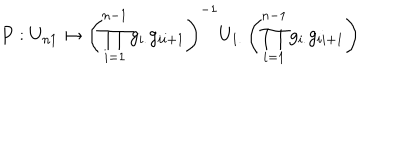
LaTeX: P : U _ { n 1 } \mapsto \left( \prod _ { i = 1 } ^ { n - 1 } g _ { i . } g _ { i i + 1 } \right) ^ { - 1 } U _ { 1 . } \left( \prod _ { i = 1 } ^ { n - 1 } g _ { i . } g _ { i i + 1 } \right)